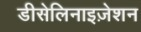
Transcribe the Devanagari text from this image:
डीसेलिनाइज़ेशन